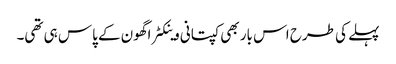
پہلے کی طرح اس بار بھی کپتانی وینکٹراگھون کے پاس ہی تھی۔